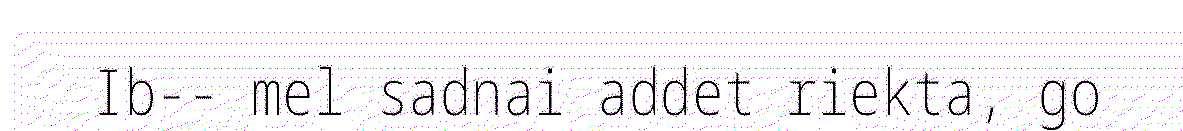
Ib-- mel sadnai addet riekta, go